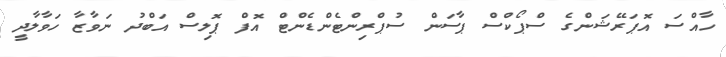
ހާއްސަ އޮޕަރޭޝަންގެ ސްޕޯކްސް ޕާސަން ސުޕްރިންޓެންޑެންޓް އޮފް ޕޮލިސް އަބްދު ނަވާޒާ ހަވާލާދީ